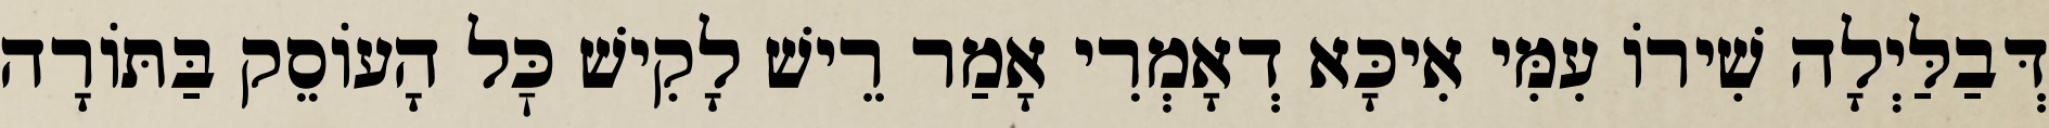
דְּבַלַּיְלָה שִׁירוֹ עִמִּי אִיכָּא דְאָמְרִי אָמַר רֵישׁ לָקִישׁ כׇּל הָעוֹסֵק בַּתּוֹרָה